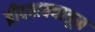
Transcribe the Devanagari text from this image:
ब्रीदवाक्यातून